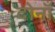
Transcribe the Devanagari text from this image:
दोनाँ